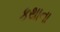
કથાના